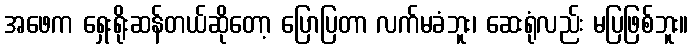
အဖေက ရှေးရိုးဆန်တယ်ဆိုတော့ ပြောပြတာ လက်မခံဘူး၊ ဆေးရုံလည်း မပြဖြစ်ဘူး။